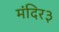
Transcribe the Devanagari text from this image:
मंदिर३